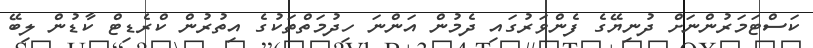
ކަސްޓަމަރުންނަށް ދުނިޔޭގެ ފެންވަރުގައި ދެމުން އަންނަ ހިދުމަތްތަކުގެ އިތުރުން ކްރެޑިޓް ކާޑުން ލިބޭ